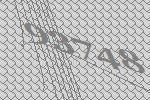
93748